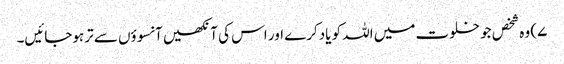
۷) وہ شخص جو خلوت میں اللہ کو یادکرے اور اس کی آنکھیں آنسوؤں سے ترہوجائیں۔